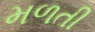
મળતી